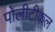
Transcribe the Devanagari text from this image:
पोलीटीकल